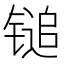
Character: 𬭨